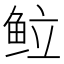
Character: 䲞